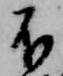
不